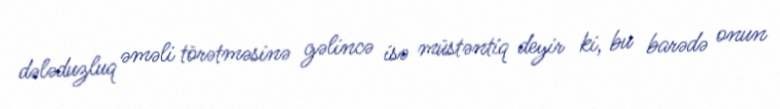
dələduzluq əməli törətməsinə gəlincə isə müstəntiq deyir ki, bu barədə onun